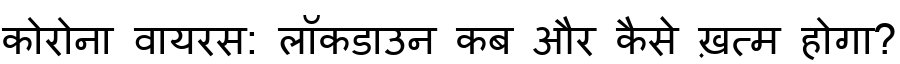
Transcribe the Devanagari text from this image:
कोरोना वायरस: लॉकडाउन कब और कैसे ख़त्म होगा?